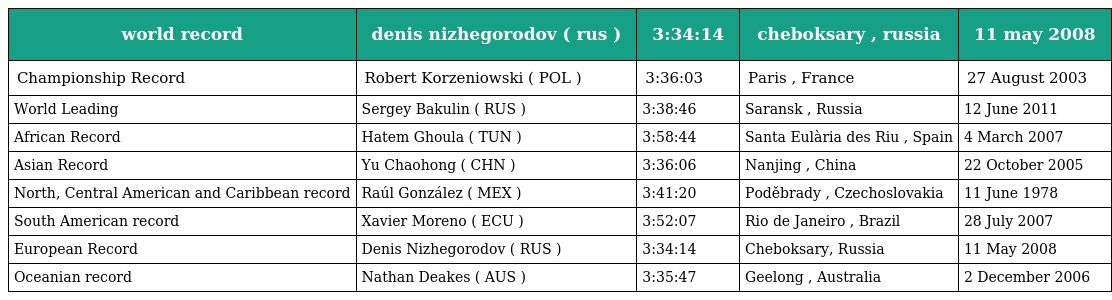
| world record | denis nizhegorodov ( rus ) | 3:34:14 | cheboksary , russia | 11 may 2008 |
 | --- | --- | --- | --- | --- |
 | Championship Record | Robert Korzeniowski ( POL ) | 3:36:03 | Paris , France | 27 August 2003 |
 | World Leading | Sergey Bakulin ( RUS ) | 3:38:46 | Saransk , Russia | 12 June 2011 |
 | African Record | Hatem Ghoula ( TUN ) | 3:58:44 | Santa Eulària des Riu , Spain | 4 March 2007 |
 | Asian Record | Yu Chaohong ( CHN ) | 3:36:06 | Nanjing , China | 22 October 2005 |
 | North, Central American and Caribbean record | Raúl González ( MEX ) | 3:41:20 | Poděbrady , Czechoslovakia | 11 June 1978 |
 | South American record | Xavier Moreno ( ECU ) | 3:52:07 | Rio de Janeiro , Brazil | 28 July 2007 |
 | European Record | Denis Nizhegorodov ( RUS ) | 3:34:14 | Cheboksary, Russia | 11 May 2008 |
 | Oceanian record | Nathan Deakes ( AUS ) | 3:35:47 | Geelong , Australia | 2 December 2006 |